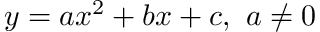
y = a x ^ { 2 } + b x + c , \ a \neq 0